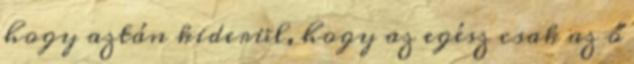
hogy aztán kiderül, hogy az egész csak az ő